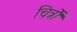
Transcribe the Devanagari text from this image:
चित्रोें